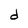
Character: d